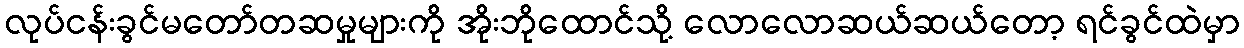
လုပ်ငန်းခွင်မတော်တဆမှုများကို အိုးဘိုထောင်သို့ လောလောဆယ်ဆယ်တော့ ရင်ခွင်ထဲမှာ